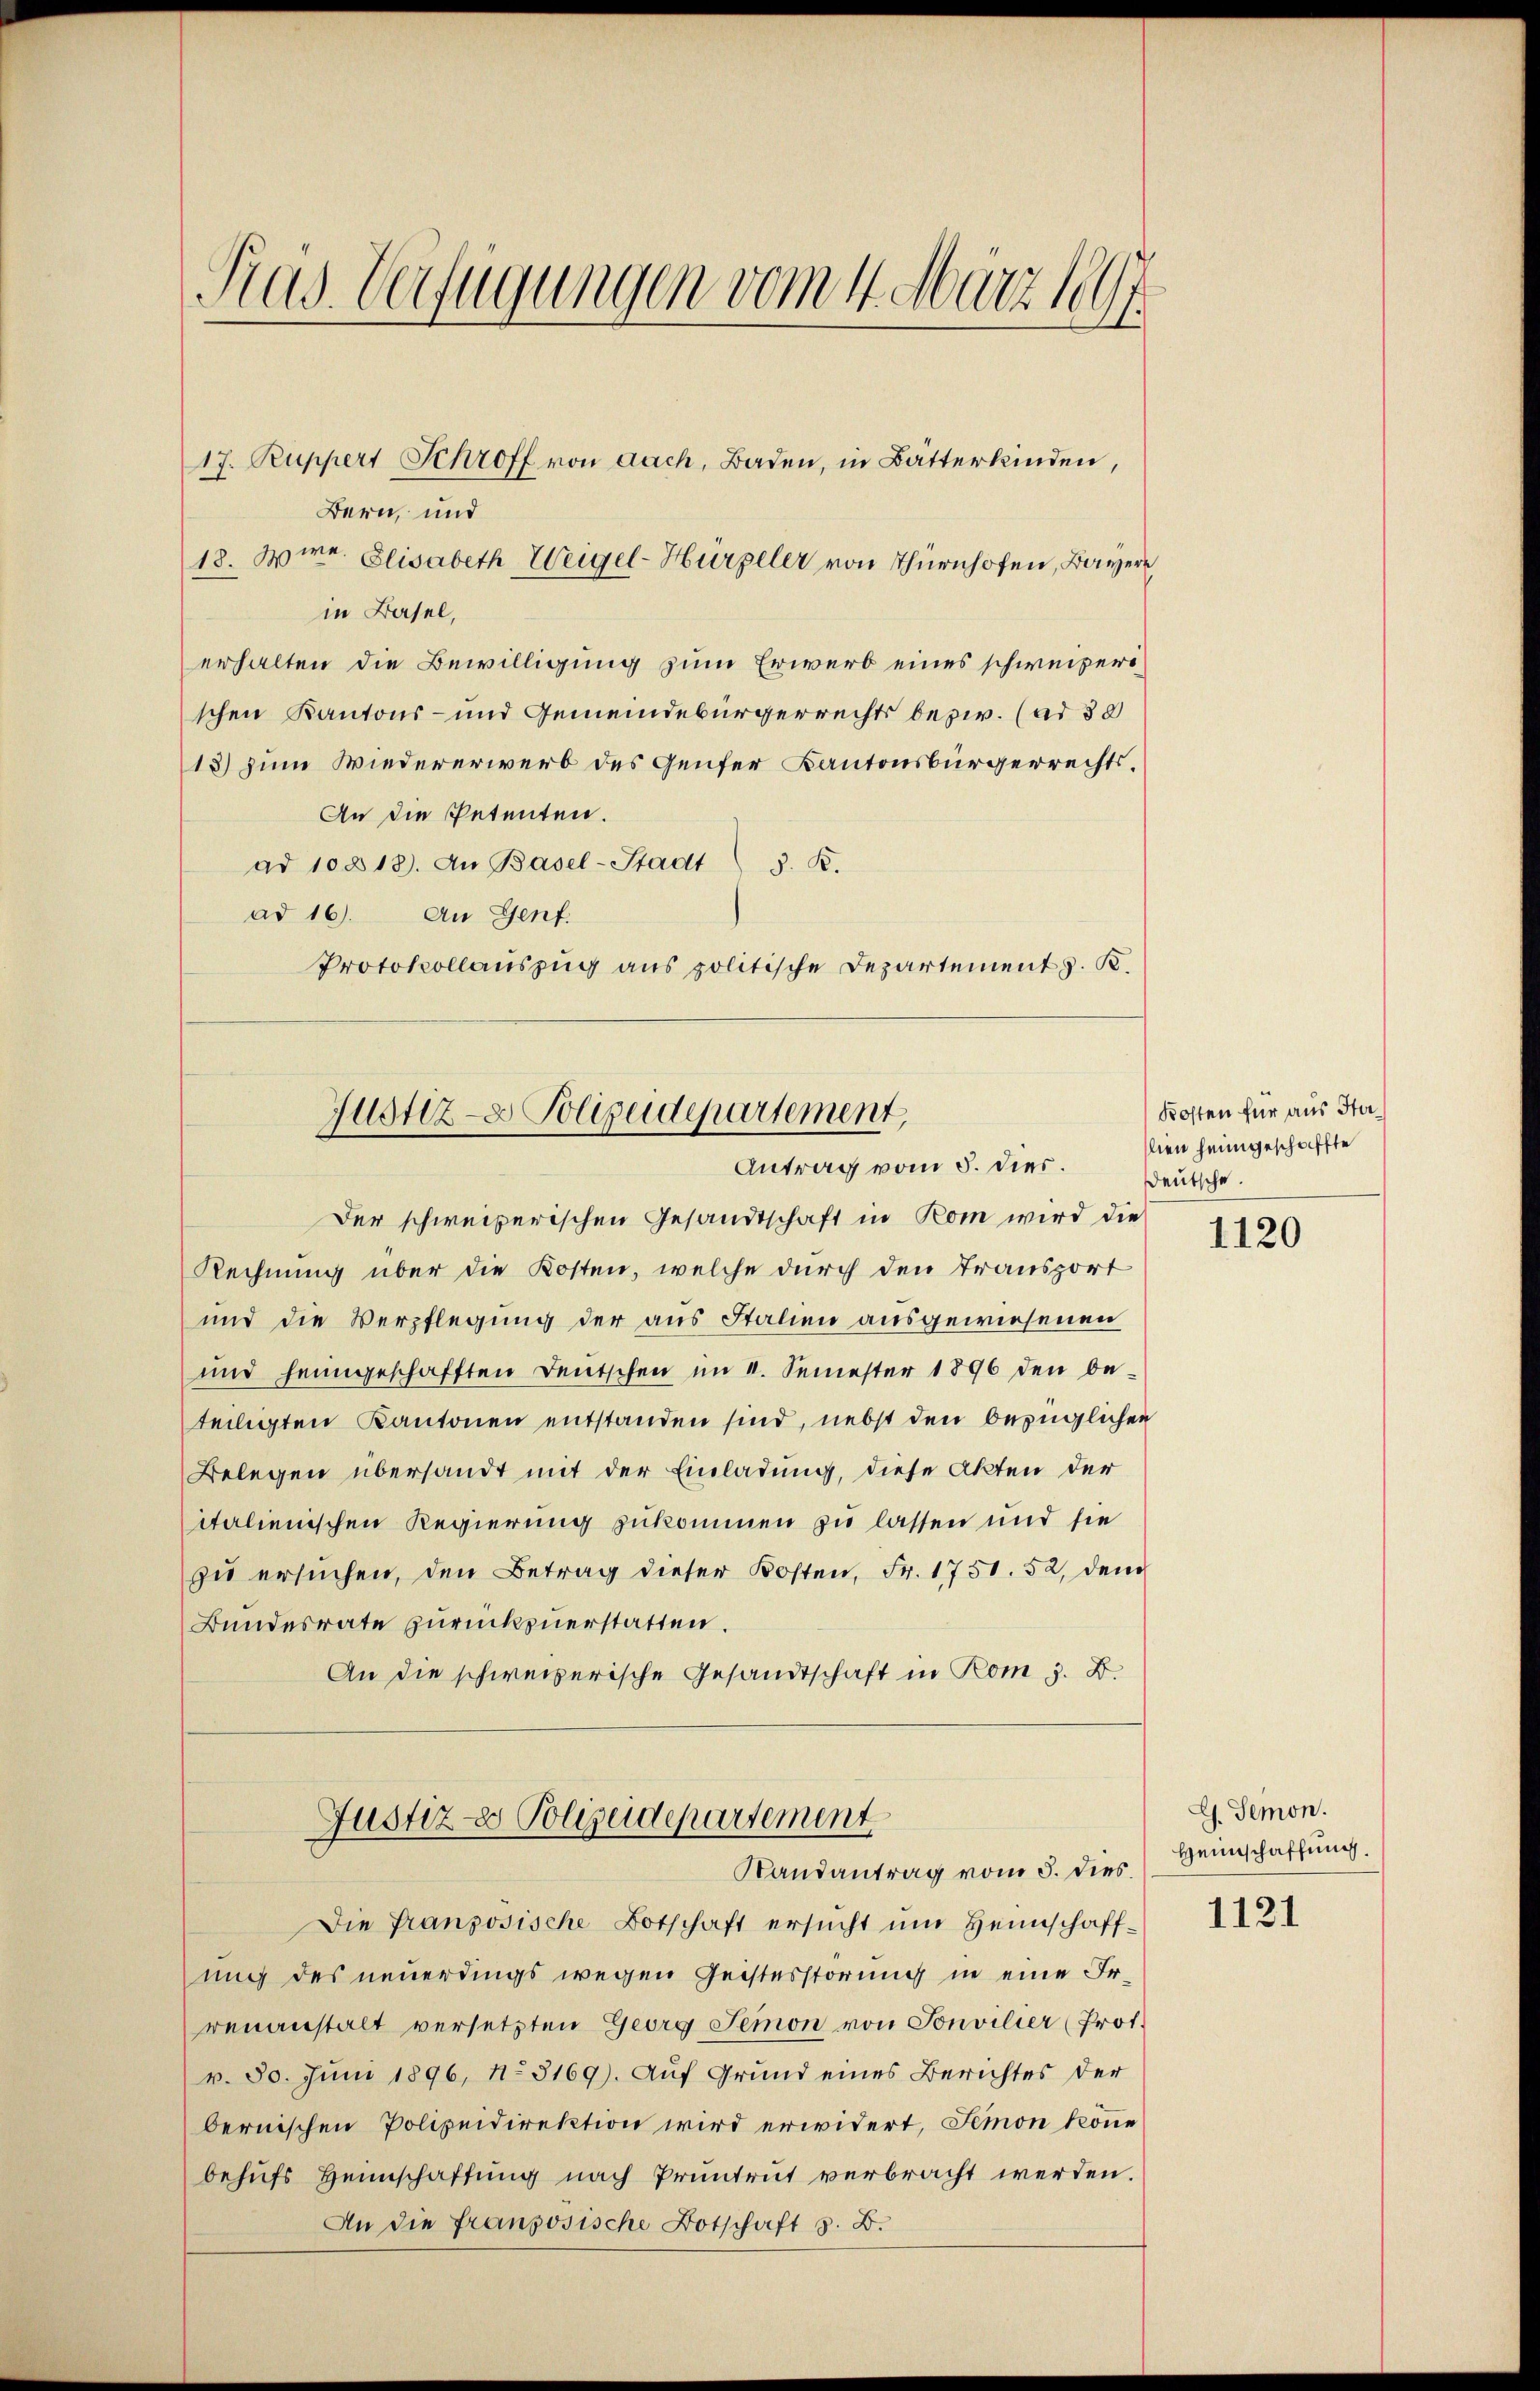
Pas Verfügungen vom 4. März 1891

in Basel,
erhalten die Bewilligung zum Erwerb eines schweizerischen Kantons- und Gemeindebürgerrechts bezw. (ad 38
13) zum Wiedererwerb des Genfer Kantonsbürgerrechts¬
An die Petenten.
ad 10813. An Basel-Stadt) S. K.
ad 16. An Genf.
Protokollauszug aus politische Departement z. K.

Bern, und

17. Ruppert Schroff von auch, Baden, in Batterkinden,

18. Wire. Elisabeth Weigel-Hürpeler von Thürnhofen, Bayer

Justiz- & Polizeidepartement,
Antrag vom 5. dies.

Der schweizerischen Gesandtschaft in Rom wird die
Rechnung über die Kosten, welche durch den Transport
und die Verpflegung der aus Italien ausgewiesenen
und heimgeschafften Deutschen im 4. Semester 1896 den beteiligten Kantonen entstanden sind, nebst den bezüglichen
Belegen übersandt mit der Einladung, diese Akten der
italienischen Regierung zukommen zu lassen und sie
zu ersuchen, den Betrag dieser Kosten, Fr. 1751. 52, dem
Bundesrate zurückzuerstatten.
An die schweizerische Gesandtschaft in Rom z. B.

Justiz- Polizeidepartement
Randantrag vom 5. dies

Die französische Botschaft ersucht um Heimschaffung des neuerdings wegen Geisterstörung in eine Irrenanstalt versetzten Georg Jemon von Sonvilier (Prot.
v. 80. Juni 1896, No 3169). Auf Grund eines Berichtes der
bernischen Polizeidirektion wird erwidert, Simon könne
behufs Heimschaffung nach Pruntrut verbracht werden.
An die französische Botschaft z. B.

Kosten für aus Halen heimgeschaffte
Deutsche

1120

G. Semon.
Heimschaffung.

1121